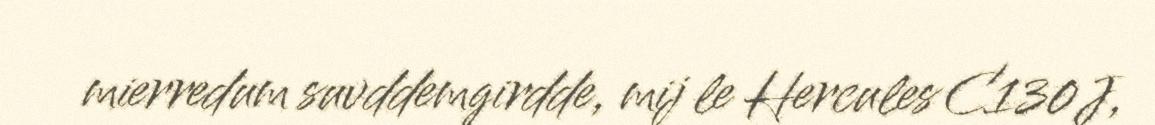
mierredum suvddemgirdde, mij le Hercules C130J,